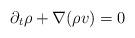
LaTeX: \begin{align*}\partial _t\rho + \nabla (\rho v)=0\end{align*}